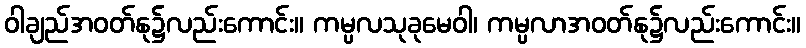
ဝါချည်အဝတ်နု၌လည်းကောင်း။ ကမ္ပလသုခုမေဝါ၊ ကမ္ပလာအဝတ်နု၌လည်းကောင်း။